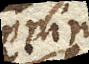
enim